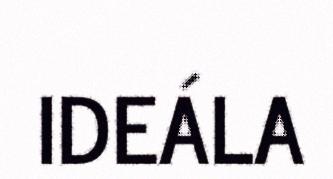
IDEÁLA